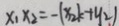
x _ { 1 } x _ { 2 } = - ( x _ { 2 } k + y _ { 2 } )